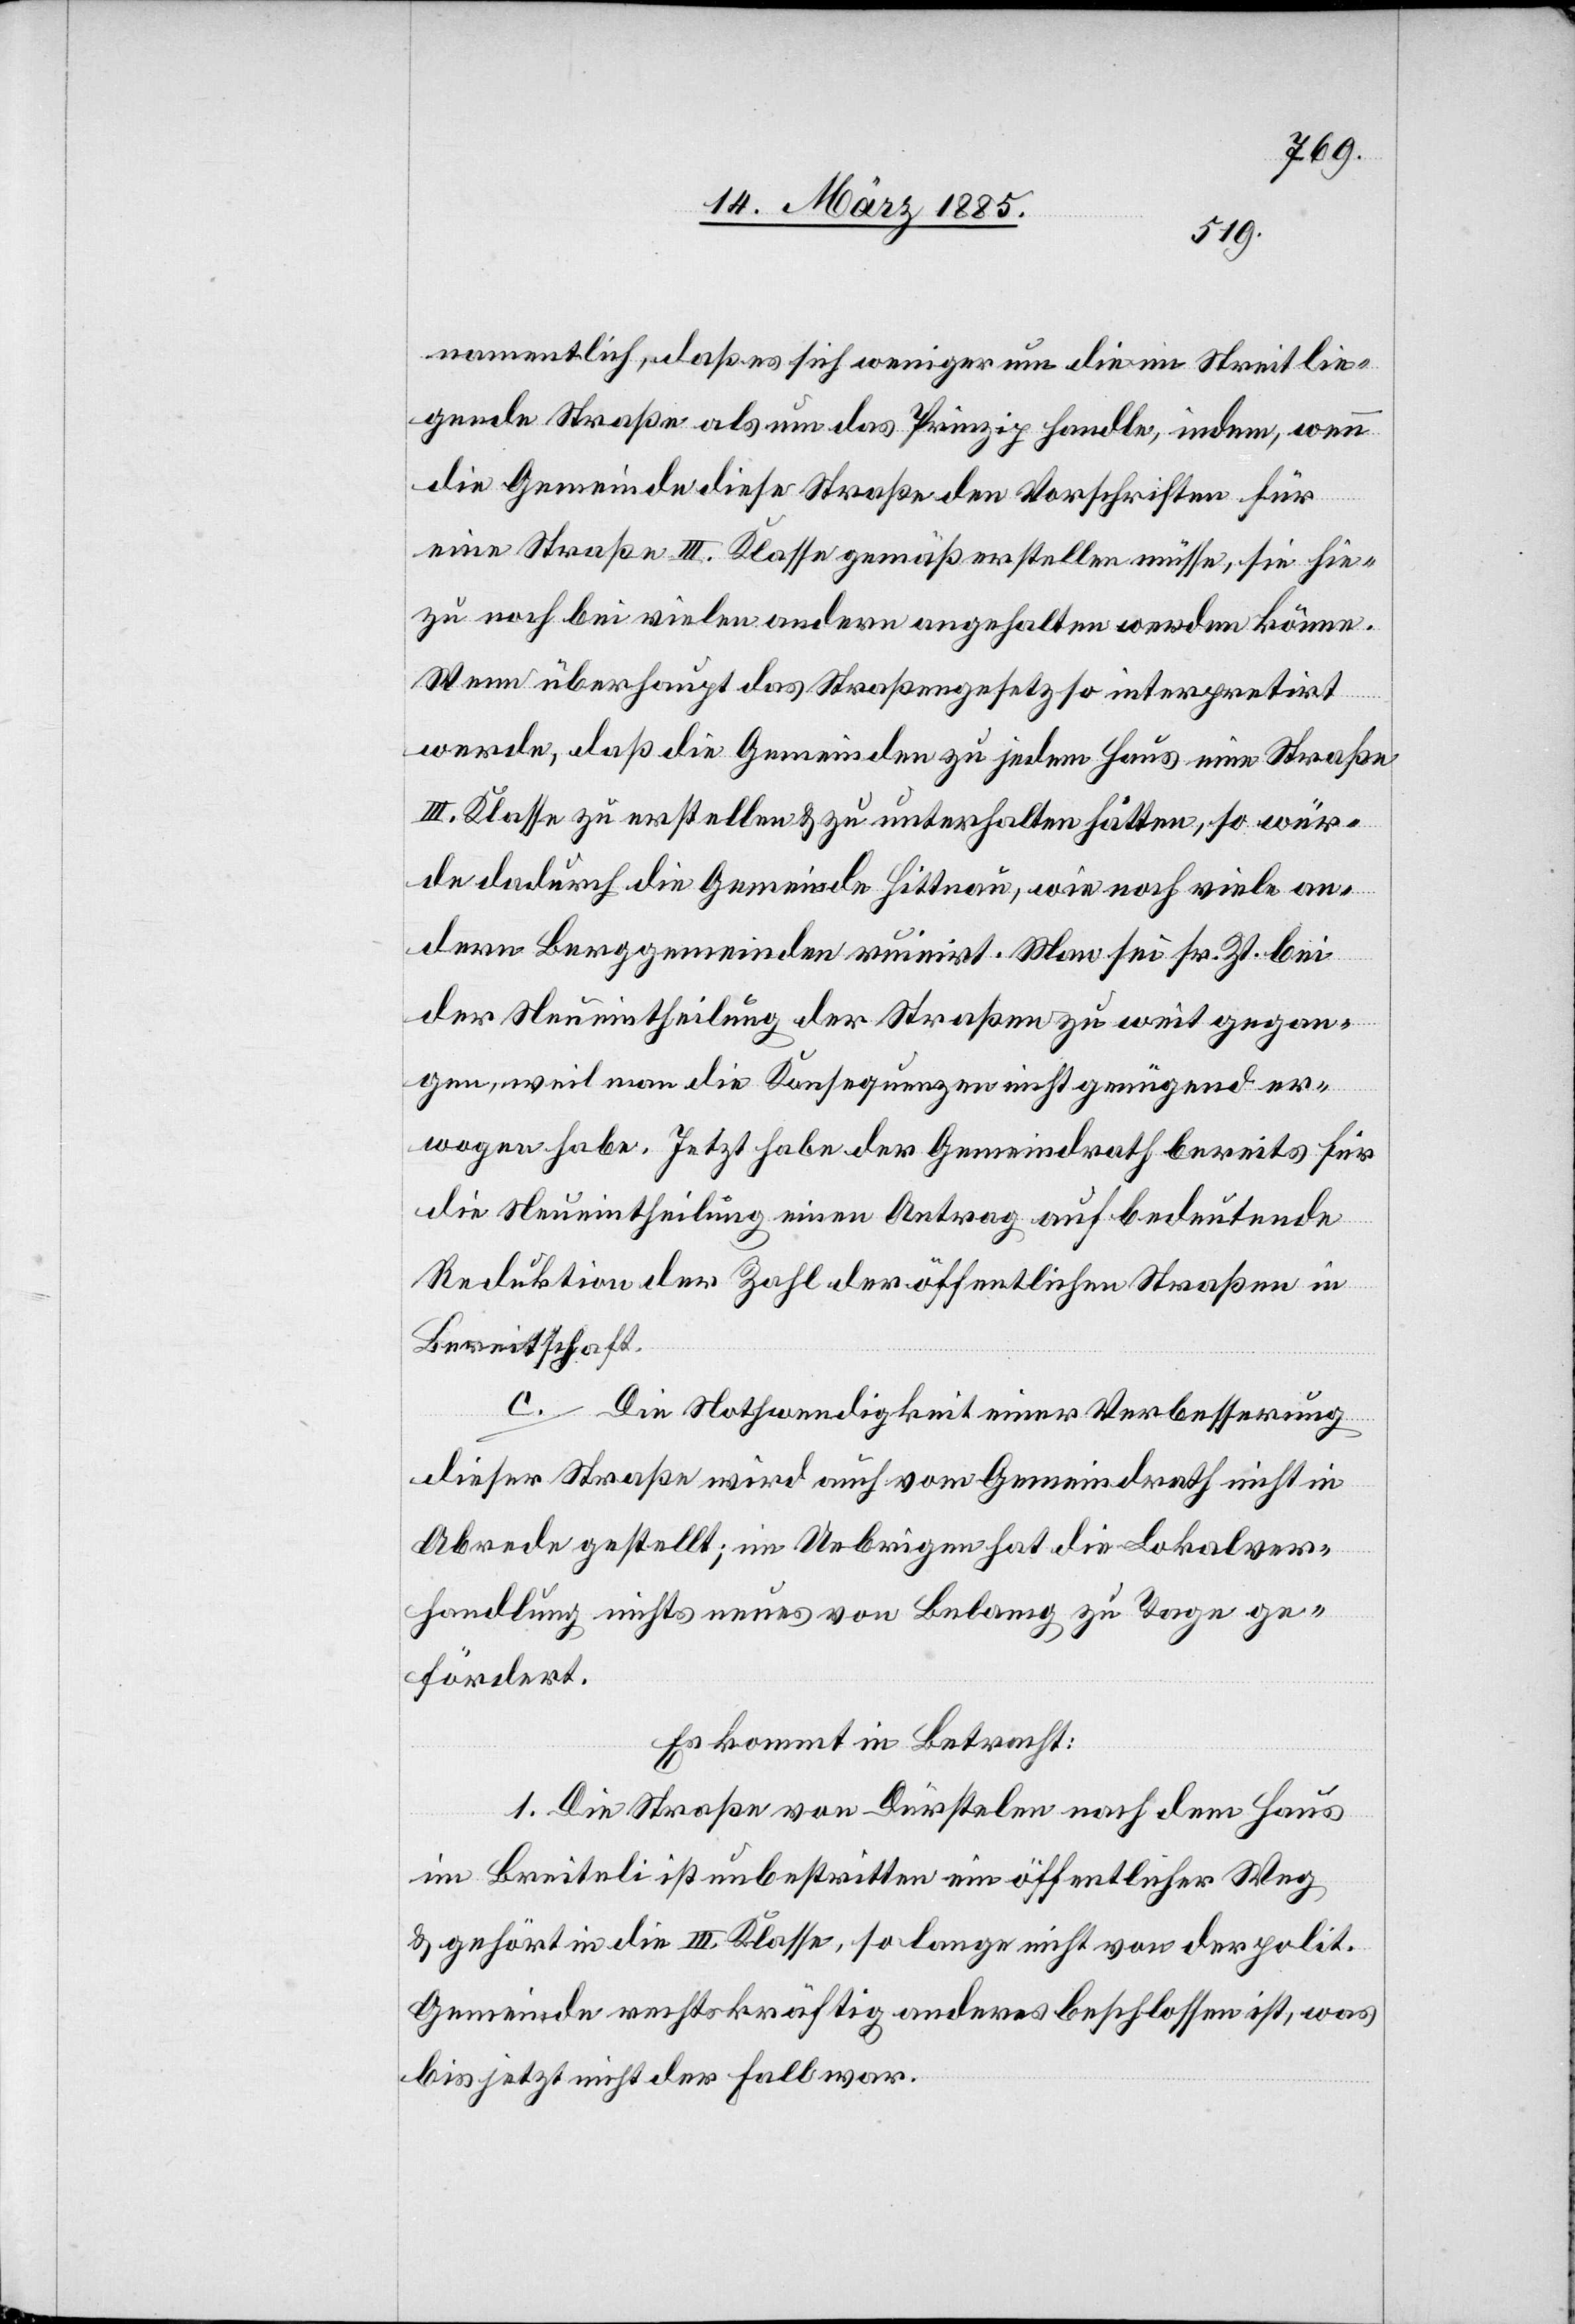
namentlich, daß es sich weniger um die im Streit lie¬
gende Straße als um das Prinzip handle, indem, wenn
die Gemeinde diese Straße den Vorschriften für
eine Straße III. Klasse gemäß erstellen müsse, sie hie¬
zu noch bei vielen andern angehalten werden könne.
Wenn überhaupt das Straßengesetz so interpretirt
werde, daß die Gemeinde zu jedem Haus eine Straße
III. Klasse zu erstellen & zu unterhalten hätten, so wür¬
de dadurch die Gemeinde Hittnau, wie noch viele an¬
dern Berggemeinde ruinirt. Man sei sr. Zt. bei
der Neueintheilung der Straßen zu weit gegan¬
gen, weil man die Konsequenzen nicht genügend er¬
wogen habe. Jetzt habe der Gemeindrath bereits für
die Neueintheilung einen Antrag auf bedeutende
Reduktion der Zahl der öffentlichen Straßen in
Bereitschaft.
c. Die Nothwendigkeit einer Verbesserung
dieser Straße wird auch vom Gemeindrath nicht in
Abrede gestellt; im Uebrigen hat die Lokalver¬
handlung nichts neues von Belang zu Tage ge¬
fördert.
Es kommt in Betracht:
1. Die Straße von Dürstelen nach dem Haus
im Breiteli ist unbestritten ein öffentlicher Weg
& gehört in die III. Klasse, so langen nicht von der polit.
Gemeinde rechtskräftig anderes beschlossen ist, was
bis jetzt nicht der Fall war.